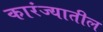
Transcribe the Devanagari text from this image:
कारंज्यातील